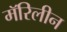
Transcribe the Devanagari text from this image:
मॅरिलीन